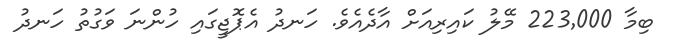
ބިމާ 223